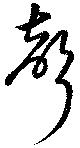
声